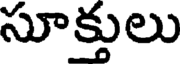
సూక్తులు